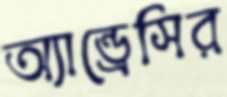
অ্যান্ড্রেসির